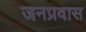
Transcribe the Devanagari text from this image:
जनप्रवास